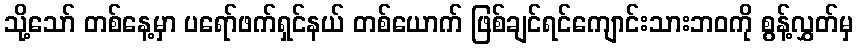
သို့သော် တစ်နေ့မှာ ပရော်ဖက်ရှင်နယ် တစ်ယောက် ဖြစ်ချင်ရင်ကျောင်းသားဘဝကို စွန့်လွှတ်မှ